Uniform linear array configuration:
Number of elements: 48
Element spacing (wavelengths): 0.75
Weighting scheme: blackman
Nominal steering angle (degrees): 0
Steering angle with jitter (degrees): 0.8094
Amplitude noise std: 0.05
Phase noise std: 0.05

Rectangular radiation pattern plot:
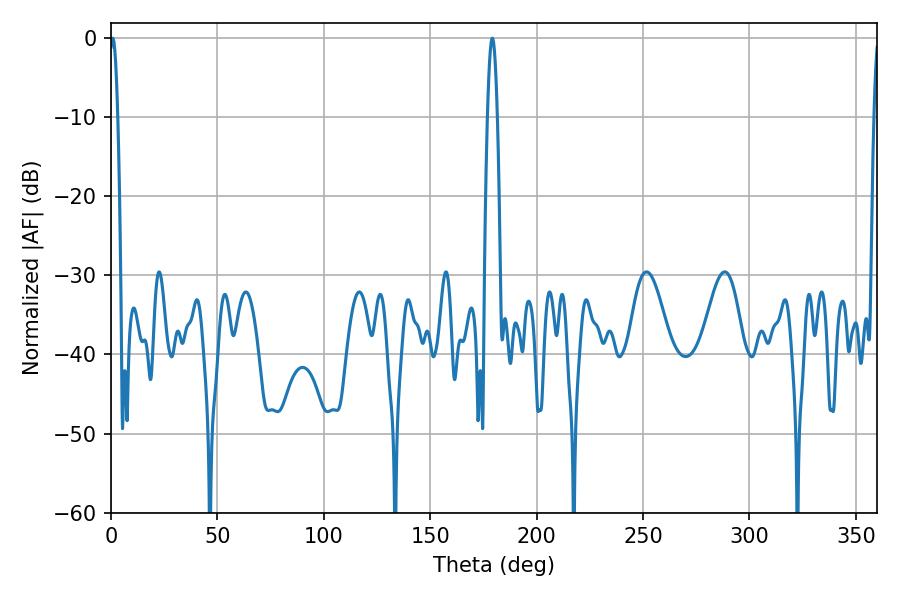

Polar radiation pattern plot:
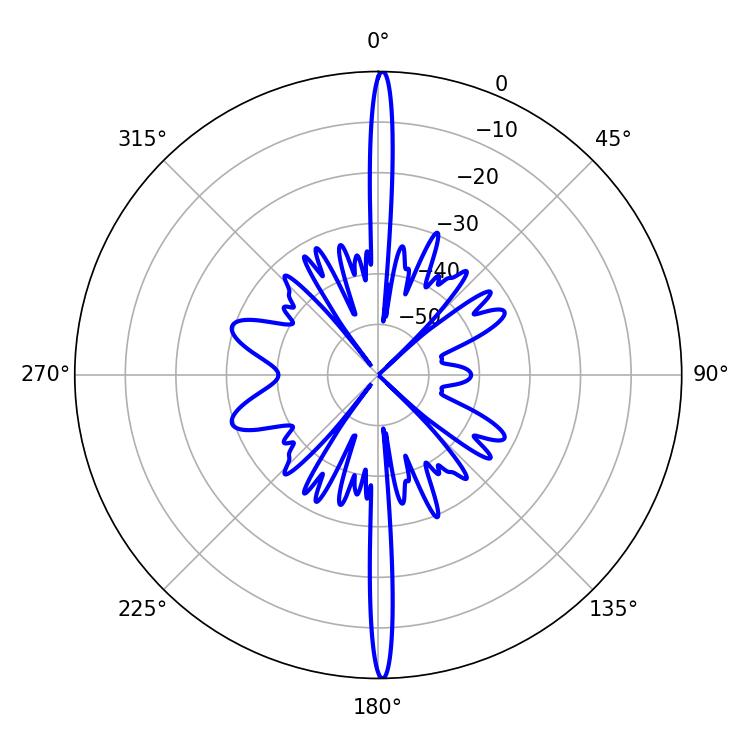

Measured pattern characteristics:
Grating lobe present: TRUE
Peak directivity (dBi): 32.527
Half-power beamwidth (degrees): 1.98
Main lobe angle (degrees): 0.9